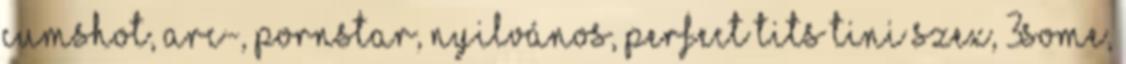
cumshot, arc-, pornstar, nyilvános, perfect tits tini szex, 3some,